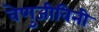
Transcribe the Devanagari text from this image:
वेणुजीविनी